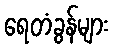
ရေတံခွန်များ